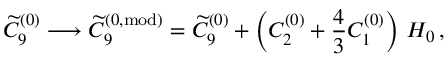
\widetilde { C } _ { 9 } ^ { ( 0 ) } \longrightarrow \widetilde { C } _ { 9 } ^ { ( 0 , \mathrm { m o d } ) } = \widetilde { C } _ { 9 } ^ { ( 0 ) } + \left( C _ { 2 } ^ { ( 0 ) } + \frac { 4 } { 3 } C _ { 1 } ^ { ( 0 ) } \right) \, H _ { 0 } \, ,